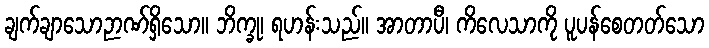
ချက်ချာသောဉာဏ်ရှိသော။ ဘိက္ခု၊ ရဟန်းသည်။ အာတာပီ၊ ကိလေသာကို ပူပန်စေတတ်သော